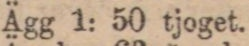
Ägg 1: 50 tjoget.